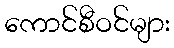
ကောင်စီဝင်များ